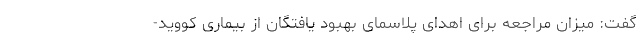
گفت: میزان مراجعه برای اهدای پلاسمای بهبود یافتگان از بیماری کووید-